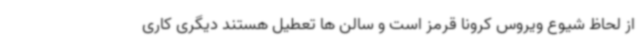
از لحاظ شیوع ویروس کرونا قرمز است و سالن ها تعطیل هستند دیگری کاری